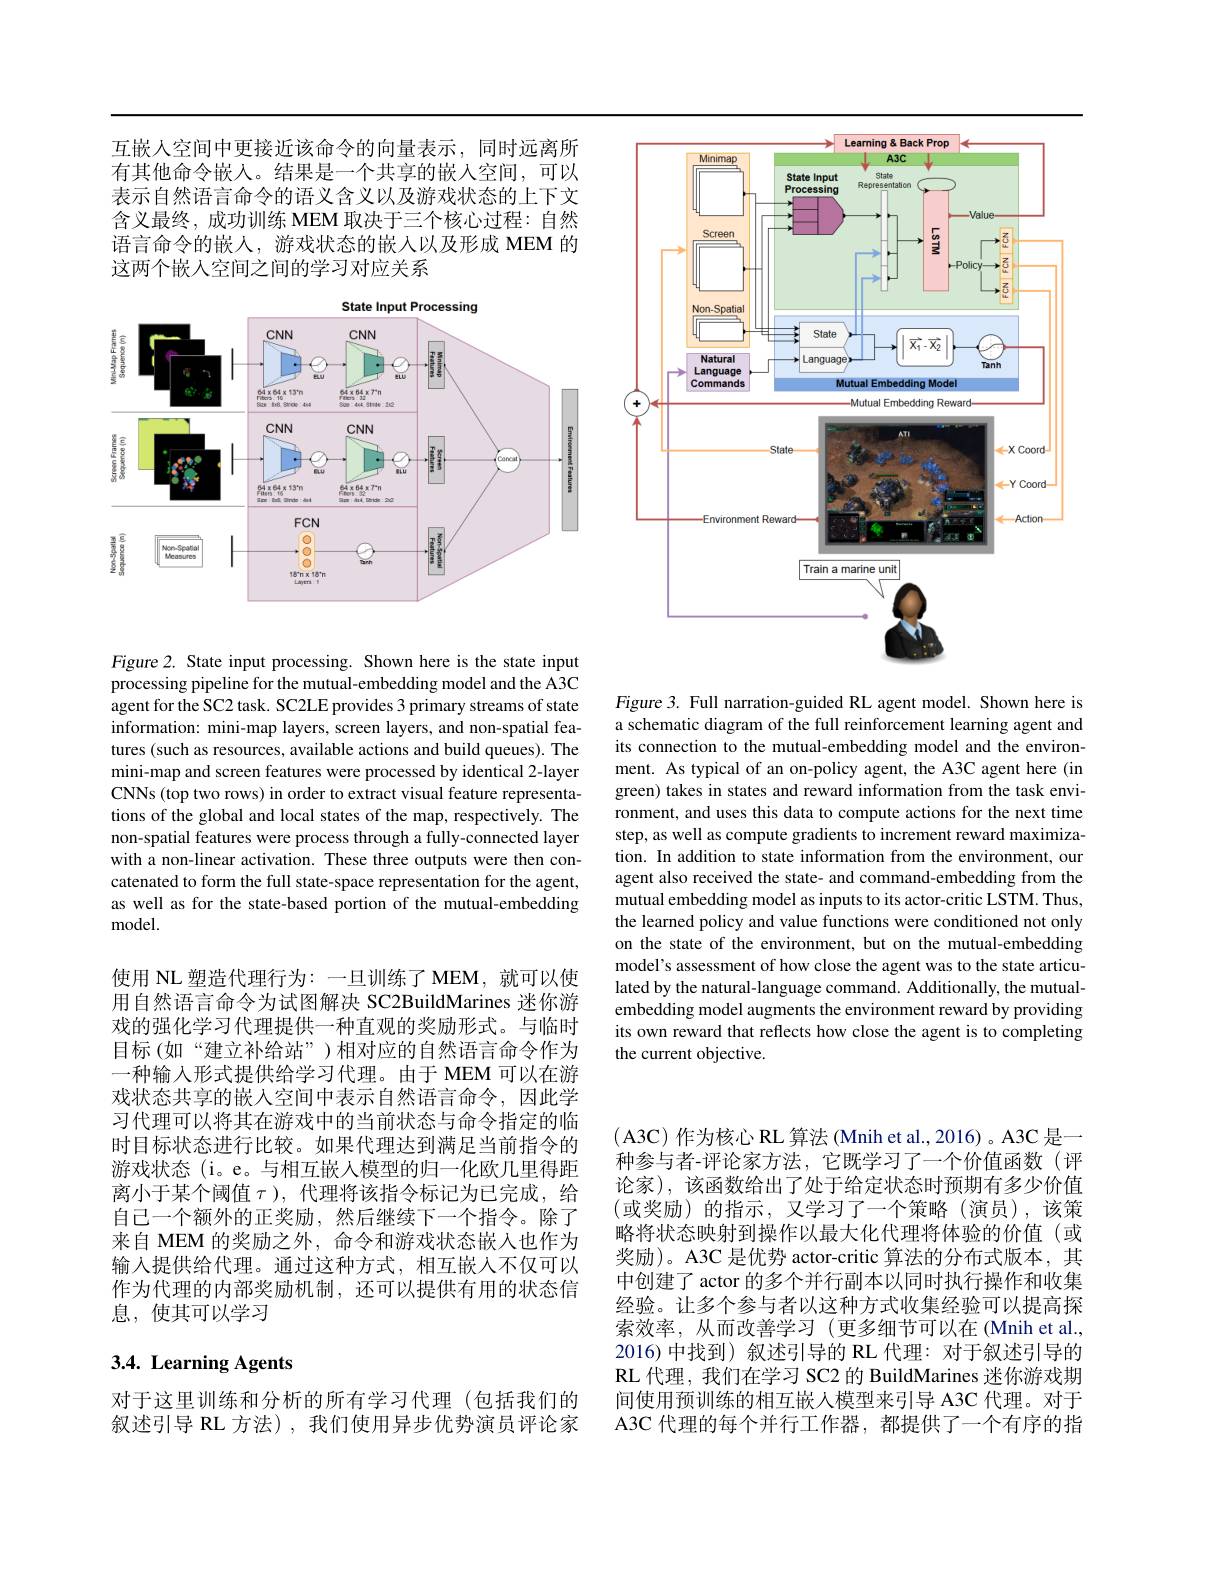
<FigureHere>

Figure 2. State input processing. Shown here is the state input processing pipeline for the mutual-embedding model and the A3C agent for the SC2 task. SC2LE provides 3 primary streams of state information: mini-map layers, screen layers, and non-spatial features (such as resources, available actions and build queues). The mini-map and screen features were processed by identical 2-layer CNNs (top two rows) in order to extract visual feature representations of the global and local states of the map, respectively. The non-spatial features were process through a fully-connected layer with a non-linear activation. These three outputs were then concatenated to form the full state-space representation for the agent, as well as for the state-based portion of the mutual-embedding model.

Figure 3. Full narration-guided RL agent model. Shown here is a schematic diagram of the full reinforcement learning agent and its connection to the mutual-embedding model and the environment. As typical of an on-policy agent, the A3C agent here (in green) takes in states and reward information from the task environment, and uses this data to compute actions for the next time step, as well as compute gradients to increment reward maximization. In addition to state information from the environment, our agent also received the state- and command-embedding from the mutual embedding model as inputs to its actor-critic LSTM. Thus, the learned policy and value functions were conditioned not only on the state of the environment, but on the mutual-embedding model's assessment of how close the agent was to the state articulated by the natural-language command. Additionally, the mutualembedding model augments the environment reward by providing its own reward that reflects how close the agent is to completing the current objective.

使用 NL 塑造代理行为：一旦训练了MEM，就可以使用自然语言命令为试图解决 SC2BuildMarines 迷你游戏的强化学习代理提供一种直观的奖励形式。与临时目标(如“建立补给站”)相对应的自然语言命令作为一种输入形式提供给学习代理。由于 MEM 可以在游戏状态共享的嵌人空间中表示自然语言命令，因此学习代理可以将其在游戏中的当前状态与命令指定的临时目标状态进行比较。如果代理达到满足当前指令的游戏状态 (i。e。与相互嵌人模型的归一化欧几里得距离小于某个阈值$\tau$ ),代理将该指令标记为已完成，给自己一个额外的正奖励，然后继续下一个指令。除了来自 MEM 的奖励之外，命令和游戏状态嵌人也作为输入提供给代理。通过这种方式，相互嵌人不仅可以作为代理的内部奖励机制，还可以提供有用的状态信息，使其可以学习

(A3C)作为核心 RL 算法 (Mnih et al., 2016)。A3C 是一种参与者-评论家方法，它既学习了一个价值函数(评论家),该函数给出了处于给定状态时预期有多少价值(或奖励)的指示，又学习了一个策略(演员),该策略将状态映射到操作以最大化代理将体验的价值(或奖励)。A3C 是优势 actor-critic 算法的分布式版本，其中创建了 actor 的多个并行副本以同时执行操作和收集经验。让多个参与者以这种方式收集经验可以提高探索效率，从而改善学习(更多细节可以在(Mnih et al., 2016)中找到) 叙述引导的 RL 代理：对于叙述引导的RL 代理，我们在学习 SC2 的 BuildMarines 迷你游戏期间使用预训练的相互嵌入模型来引导 A3C 代理。对于A3C 代理的每个并行工作器，都提供了一个有序的指

# 3.4. Learning Agents

对于这里训练和分析的所有学习代理(包括我们的叙述引导 RL 方法),我们使用异步优势演员评论家